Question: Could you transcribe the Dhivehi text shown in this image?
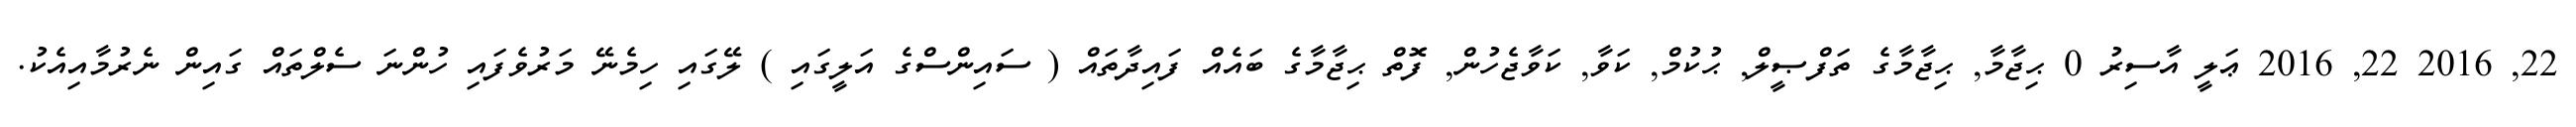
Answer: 22, 2016 22, 2016 ޢަލީ އާސިރު 0 ޙިޖާމާ, ޙިޖާމާގެ ތަފްޞީލް, ޙުކުމް, ކަވާ, ކަވާޖެހުން, ފޮތް ޙިޖާމާގެ ބައެއް ފައިދާތައް ( ސައިންސްގެ އަލީގައި ) ލޭގައި ހިމެނޭ މަރުވެފައި ހުންނަ ސެލްތައް ގައިން ނެރުމާއިއެކު.